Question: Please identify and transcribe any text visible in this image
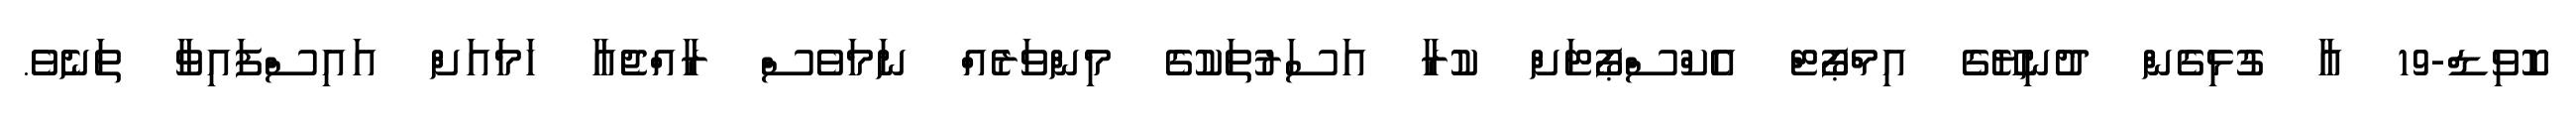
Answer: ކޮވިޑް-19 އާ ގުޅިގެން ދުނިޔޭގެ އިމްޕޯޓް އެކްސްޕޯޓަށް ކުރާ އަސަރުތަކުގެ މިންވަރެއް ނަމަވެސް ރާއްޖެއާ ހަމައަށް އައިސްފައިވާ ތަނެވެ.